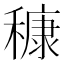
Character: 穅